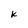
Character: k